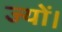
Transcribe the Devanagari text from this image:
ज्‍यों।